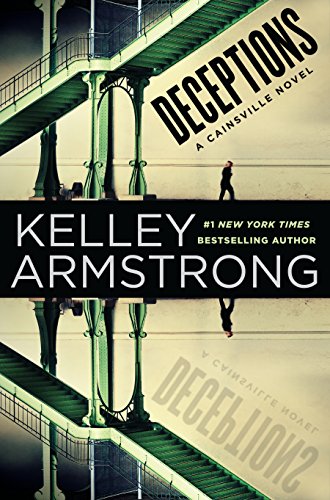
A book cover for Deceptions (Cainsville); Kelley Armstrong; Mystery, Thriller & Suspense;